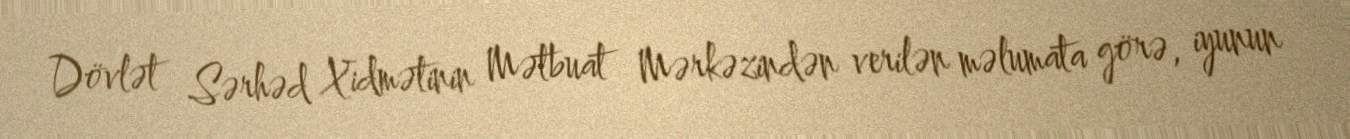
Dövlət Sərhəd Xidmətinin Mətbuat Mərkəzindən verilən məlumata görə, iyunun